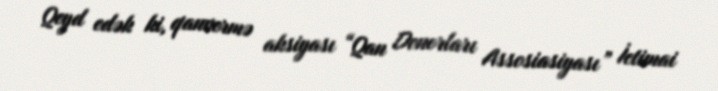
Qeyd edək ki, qanvermə aksiyası “Qan Donorları Assosiasiyası” İctimai